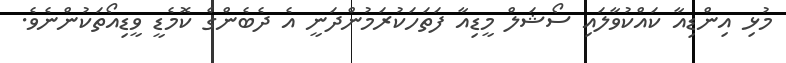
މުޅި އިންޑިއާ ކައްކުވާލައި ސޯޝަލް މީޑިއާ ފަތަހަކުރަމުންދަނީ އެ ދެބެންގެ ކޮމެޑީ ވީޑިއޯތަކުންނެވެ.